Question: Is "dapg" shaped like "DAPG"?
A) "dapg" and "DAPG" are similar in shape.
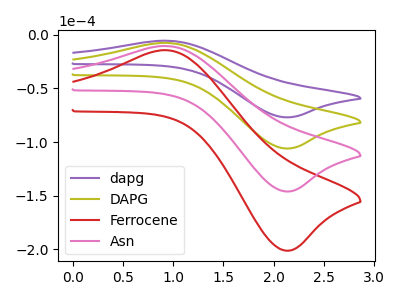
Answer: <think>The purple curve "dapg" has an anodic peak at (0.95V, -5.50uA) and a cathodic peak at (2.10V, -76.85uA). The olive curve "DAPG" has an anodic peak at (0.95V, -7.55uA) and a cathodic peak at (2.10V, -105.90uA). The red curve "Ferrocene" has an anodic peak at (0.95V, -22.65uA) and a cathodic peak at (2.10V, -317.65uA). The pink curve "Asn" has an anodic peak at (0.95V, -15.10uA) and a cathodic peak at (2.10V, -211.75uA).
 All the peaks in "dapg" have a peak in "DAPG" at the same potential.</think>
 <answer>A) "dapg" and "DAPG" are similar in shape.</answer>
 <eval>A</eval>